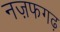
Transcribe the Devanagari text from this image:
नज़फगढ़